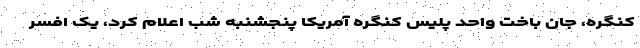
کنگره، جان باخت واحد پلیس کنگره آمریکا پنجشنبه شب اعلام کرد، یک افسر